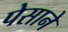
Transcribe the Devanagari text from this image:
पेसाने